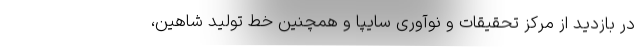
در بازدید از مرکز تحقیقات و نوآوری سایپا و همچنین خط تولید شاهین،